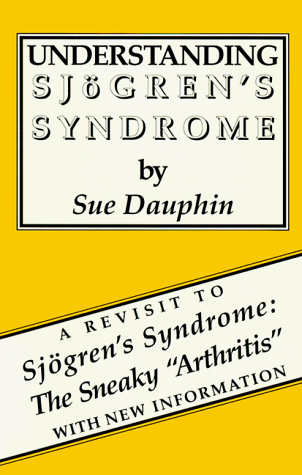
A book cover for Understanding Sjogren's Syndrome; Sue Dauphin; Health, Fitness & Dieting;